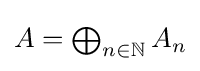
{\textstyle A=\bigoplus _{n\in \mathbb {N} }A_{n}}